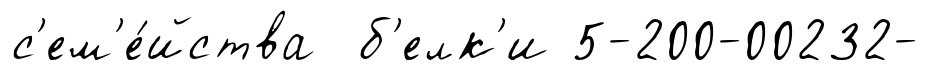
с'ем'е́йства б'елк'и 5-200-00232-